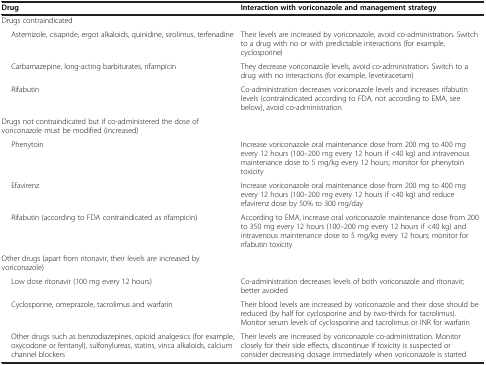
<table><thead><tr><td><b>Drug</b></td><td><b>Interaction with voriconazole and management strategy</b></td></tr></thead><tbody><tr><td>Drugs contraindicated</td><td></td></tr><tr><td>Astemizole, cisapride, ergot alkaloids, quinidine, sirolimus, terfenadine</td><td>Their levels are increased by voriconazole, avoid co-administration. Switch to a drug with no or with predictable interactions (for example, cyclosporine)</td></tr><tr><td>Carbamazepine, long-acting barbiturates, rifampicin</td><td>They decrease voriconazole levels, avoid co-administration. Switch to a drug with no interactions (for example, levetiracetam)</td></tr><tr><td>Rifabutin</td><td>Co-administration decreases voriconazole levels and increases rifabutin levels (contraindicated according to FDA, not according to EMA, see below), avoid co-administration</td></tr><tr><td>Drugs not contraindicated but if co-administered the dose of voriconazole must be modified (increased)</td><td></td></tr><tr><td>Phenytoin</td><td>Increase voriconazole oral maintenance dose from 200 mg to 400 mg every 12 hours (100–200 mg every 12 hours if &lt;40 kg) and intravenous maintenance dose to 5 mg/kg every 12 hours; monitor for phenytoin toxicity</td></tr><tr><td>Efavirenz</td><td>Increase voriconazole oral maintenance dose from 200 mg to 400 mg every 12 hours (100–200 mg every 12 hours if &lt;40 kg) and reduce efavirenz dose by 50% to 300 mg/day</td></tr><tr><td>Rifabutin (according to FDA contraindicated as rifampicin)</td><td>According to EMA, increase oral voriconazole maintenance dose from 200 to 350 mg every 12 hours (100–200 mg every 12 hours if &lt;40 kg) and intravenous maintenance dose to 5 mg/kg every 12 hours; monitor for rifabutin toxicity</td></tr><tr><td>Other drugs (apart from ritonavir, their levels are increased by voriconazole)</td><td></td></tr><tr><td>Low dose ritonavir (100 mg every 12 hours)</td><td>Co-administration decreases levels of both voriconazole and ritonavir; better avoided</td></tr><tr><td>Cyclosporine, omeprazole, tacrolimus and warfarin</td><td>Their blood levels are increased by voriconazole and their dose should be reduced (by half for cyclosporine and by two-thirds for tacrolimus). Monitor serum levels of cyclosporine and tacrolimus or INR for warfarin</td></tr><tr><td>Other drugs such as benzodiazepines, opioid analgesics (for example, oxycodone or fentanyl), sulfonylureas, statins, vinca alkaloids, calcium channel blockers</td><td>Their levels are increased by voriconazole co-administration. Monitor closely for their side effects, discontinue if toxicity is suspected or consider decreasing dosage immediately when voriconazole is started</td></tr></tbody></table>